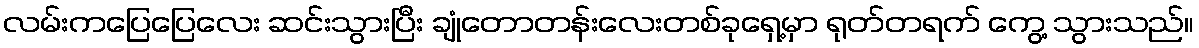
လမ်းကပြေပြေလေး ဆင်းသွားပြီး ချုံတောတန်းလေးတစ်ခုရှေ့မှာ ရုတ်တရက် ကွေ့ သွားသည်။